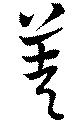
差